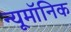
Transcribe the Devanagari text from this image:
न्यूमॉनिक